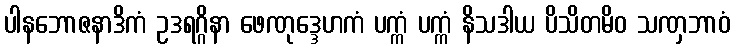
ပါနဘောဇနာဒိကံ ဥဒရဂ္ဂိနာ ဖေဏုဒ္ဒေဟကံ ပက္ကံ ပက္ကံ နိသဒါယ ပိသိတမိဝ သဏှဘာဝံ